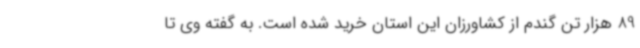
89 هزار تن گندم از کشاورزان این استان خرید شده است. به گفته وی تا